Leaving Certificate Examination (including Day School Certificate (Higher) General paper), 1931
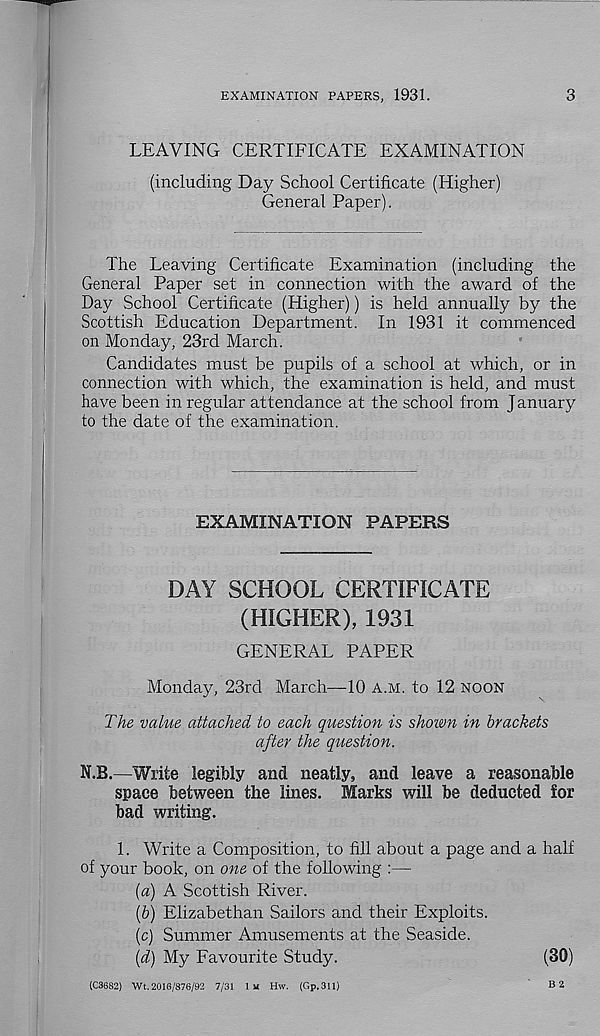
EXAMINATION PAPERS, 1931.
3
LEAVING CERTIFICATE EXAMINATION
(including Day School Certificate (Higher)
General Paper).
The Leaving Certificate Examination (including the
General Paper set in connection with the award of the
Day School Certificate (Higher)) is held annually by the
Scottish Education Department. In 1931 it commenced
on Monday, 23rd March.
Candidates must be pupils of a school at which, or in
connection with which, the examination is held, and must
have been in regular attendance at the school from January
to the date of the examination.
EXAMINATION PAPERS
DAY SCHOOL CERTIFICATE
(HIGHER), 1931
GENERAL PAPER
Monday, 23rd March—10 A.M. to 12 NOON
The value attached to each question is shown in brackets
after the question.
N.B.—Write legibly and neatly, and leave a reasonable
space between the lines. Marks will be deducted for
bad writing.
1. Write a Composition, to fill about a page and a half
of your book, on one of the following :—
{a) A Scottish River.
(6) Elizabethan Sailors and their Exploits.
(c) Summer Amusements at the Seaside.
(d) My Favourite Study.
(30)
B 2
(€3682) Wt. 2016/876/92 7/31 1 M HW. (Gp.311)